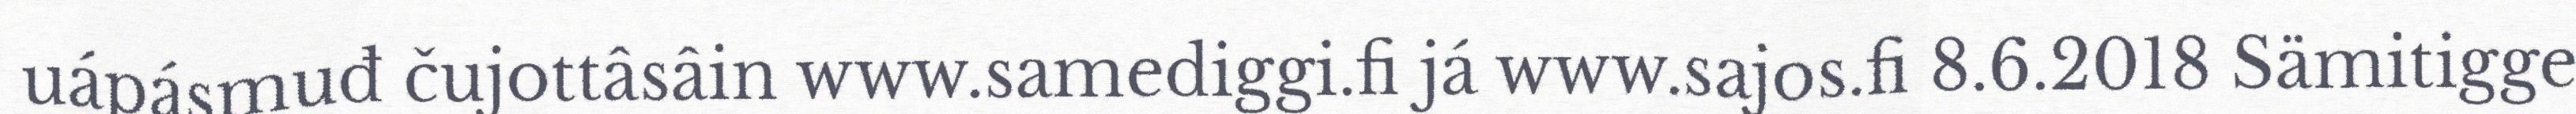
uápásmuđ čujottâsâin www.samediggi.fi já www.sajos.fi 8.6.2018 Sämitigge